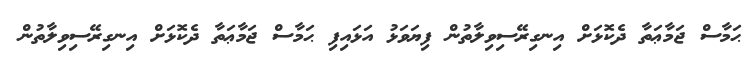
ޙަމާސް ޖަމާޢަތާ ދެކޮޅަށް އިނގިރޭސިވިލާތުން ފިޔަވަޅު އަޅައިފި ޙަމާސް ޖަމާޢަތާ ދެކޮޅަށް އިނގިރޭސިވިލާތުން